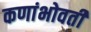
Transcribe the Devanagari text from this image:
कणांभोवती